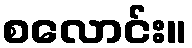
စလောင်း။